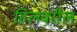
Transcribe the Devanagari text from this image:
हिलवरील